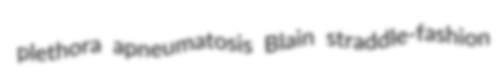
plethora apneumatosis Blain straddle-fashion